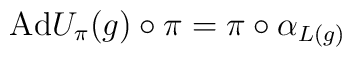
{\rm Ad} U_{\pi}(g)\circ\pi=\pi\circ\alpha_{L(g)}